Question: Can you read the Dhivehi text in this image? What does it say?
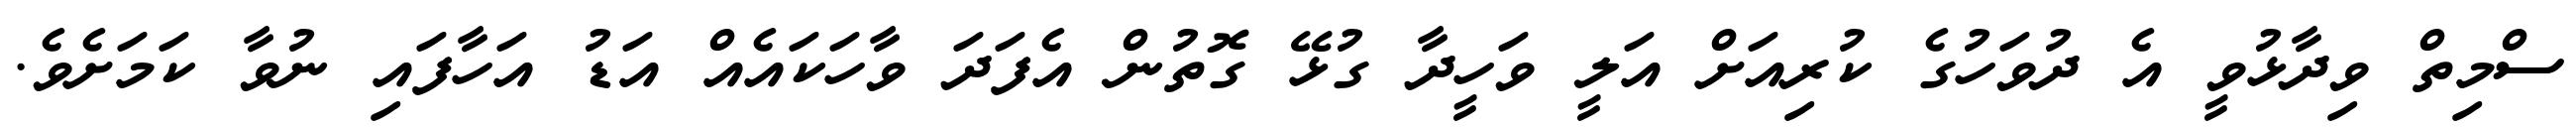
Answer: ސްމިތް ވިދާޅުވީ އެ ދުވަހުގެ ކުރިއަށް އަލީ ވަހީދާ ގުޅޭ ގޮތުން އެފަދަ ވާހަކައެއް އަޑު އަހާފައި ނުވާ ކަމަށެވެ.